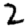
Digit: 2